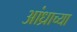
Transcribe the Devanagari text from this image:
आंध्राच्या